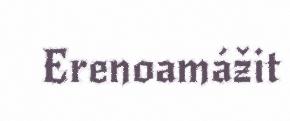
Erenoamážit